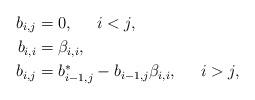
LaTeX: \begin{align*}b_{i,j} & =0,\;\;\;\;\;i<j,\\b_{i,i} & =\beta_{i,i},\\b_{i,j} & =b_{i-1,j}^{\ast}-b_{i-1,j}\beta_{i,i},\;\;\;\;\;i>j,\end{align*}